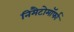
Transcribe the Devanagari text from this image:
निमैटोमॉर्फा